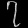
Digit: ၇